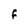
Character: F